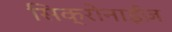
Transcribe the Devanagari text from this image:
सिक्रोनाईज़